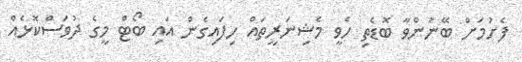
ފެށުމަށް ބޭނުންވާ ބޮޑެތި ހެވީ މެޝިނަރީތައް ހިފައިގެން އައި ބޯޓް މީގެ ދުވަސްކޮޅެއް